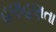
હણહણતા